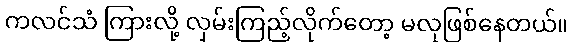
ကလင်သံ ကြားလို့ လှမ်းကြည့်လိုက်တော့ မလုဖြစ်နေတယ်။